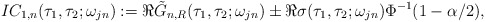
\begin{align*} IC_{1,n}(\tau_1, \tau_2;\omega_{jn}):=\Re\tilde G_{n,R}(\tau_1, \tau _2;\omega_{jn}) \pm\Re\sigma(\tau_1, \tau_2; \omega_{jn}) \Phi^{-1}(1-\alpha/2),\end{align*}